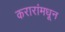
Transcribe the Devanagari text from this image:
करारांमधून